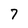
Character: 7